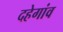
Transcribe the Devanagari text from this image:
दहेगांव